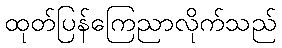
ထုတ်ပြန်ကြေညာလိုက်သည်